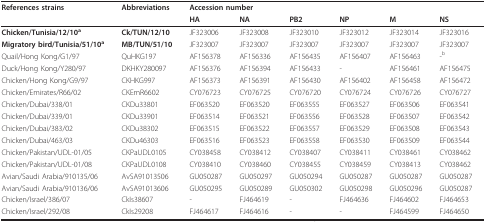
<table><thead><tr><td><b>References strains</b></td><td><b>Abbreviations</b></td><td colspan="6"><b>Accession number</b></td></tr><tr><td></td><td></td><td><b>HA</b></td><td><b>NA</b></td><td><b>PB2</b></td><td><b>NP</b></td><td><b>M</b></td><td><b>NS</b></td></tr></thead><tbody><tr><td><b>Chicken/Tunisia/12/10</b><sup><b>a</b></sup></td><td><b>Ck/TUN/12/10</b></td><td>JF323006</td><td>JF323008</td><td>JF323010</td><td>JF323012</td><td>JF323014</td><td>JF323016</td></tr><tr><td><b>Migratory bird/Tunisia/51/10</b><sup><b>a</b></sup></td><td><b>MB/TUN/51/10</b></td><td>JF323007</td><td>JF323007</td><td>JF323007</td><td>JF323007</td><td>JF323007</td><td>JF323007</td></tr><tr><td>Quail/Hong Kong/G1/97</td><td>QuHKG197</td><td>AF156378</td><td>AF156336</td><td>AF156435</td><td>AF156407</td><td>AF156463</td><td>-<sup>b</sup></td></tr><tr><td>Duck/Hong Kong/Y280/97</td><td>DKHKY280097</td><td>AF156376</td><td>AF156394</td><td>AF156433</td><td>-</td><td>AF156461</td><td>AF156475</td></tr><tr><td>Chicken/Hong Kong/G9/97</td><td>CKHKG997</td><td>AF156373</td><td>AF156391</td><td>AF156430</td><td>AF156402</td><td>AF156458</td><td>AF156472</td></tr><tr><td>Chicken/Emirates/R66/02</td><td>CKEmR6602</td><td>CY076723</td><td>CY076725</td><td>CY076720</td><td>CY076724</td><td>CY076726</td><td>CY076727</td></tr><tr><td>Chicken/Dubai/338/01</td><td>CKDu33801</td><td>EF063520</td><td>EF063520</td><td>EF063555</td><td>EF063527</td><td>EF063506</td><td>EF063541</td></tr><tr><td>Chicken/Dubai/339/01</td><td>CKDu33901</td><td>EF063514</td><td>EF063521</td><td>EF063556</td><td>EF063528</td><td>EF063507</td><td>EF063542</td></tr><tr><td>Chicken/Dubai/383/02</td><td>CKDu38302</td><td>EF063515</td><td>EF063522</td><td>EF063557</td><td>EF063529</td><td>EF063508</td><td>EF063543</td></tr><tr><td>Chicken/Dubai/463/03</td><td>CKDu46303</td><td>EF063516</td><td>EF063523</td><td>EF063558</td><td>EF063530</td><td>EF063509</td><td>EF063544</td></tr><tr><td>Chicken/Pakistan/UDL-01/05</td><td>CKPaUDL0105</td><td>CY038458</td><td>CY038412</td><td>CY038407</td><td>CY038411</td><td>CY038461</td><td>CY038462</td></tr><tr><td>Chicken/Pakistan/UDL-01/08</td><td>CKPaUDL0108</td><td>CY038410</td><td>CY038460</td><td>CY038455</td><td>CY038459</td><td>CY038413</td><td>CY038462</td></tr><tr><td>Avian/Saudi Arabia/910135/06</td><td>AvSA91013506</td><td>GU050287</td><td>GU050297</td><td>GU050294</td><td>GU050287</td><td>GU050287</td><td>GU050287</td></tr><tr><td>Avian/Saudi Arabia/910136/06</td><td>AvSA91013606</td><td>GU050295</td><td>GU050289</td><td>GU050302</td><td>GU050298</td><td>GU050296</td><td>GU050287</td></tr><tr><td>Chicken/Israel/386/07</td><td>CkIs38607</td><td>-</td><td>FJ464619</td><td>-</td><td>FJ464636</td><td>FJ464602</td><td>FJ464653</td></tr><tr><td>Chicken/Israel/292/08</td><td>CkIs29208</td><td>FJ464617</td><td>FJ464616</td><td>-</td><td>-</td><td>FJ464599</td><td>FJ464650</td></tr></tbody></table>